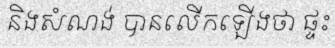
និងសំណង់ បានលើកឡើងថា ផ្ទះ